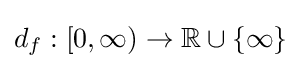
d_{f}:[0,\infty )\rightarrow \mathbb {R} \cup \{\infty \}